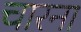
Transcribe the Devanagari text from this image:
चारना